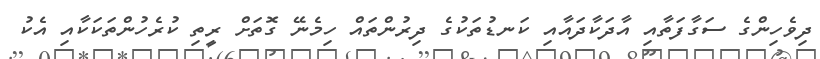
ދިވެހިންގެ ސަގާފަތާއި އާދަކާދައާއި ކަނޑުތަކުގެ ދިރުންތައް ހިމެނޭ ގޮތަށް ރީތި ކުރެހުންތަކަކާއި އެކު